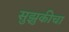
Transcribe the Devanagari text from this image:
सुझुकीचा